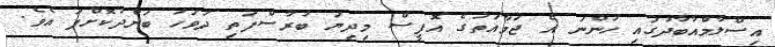
އިސްލާމްއާބާދުގައި ހުންނަ އެ ޖަމާއަތުގެ އޮފީސް މިދިޔަ ބުރާސްފަތި ދުވަހު ބަންދުކޮށްފަ އެވެ.